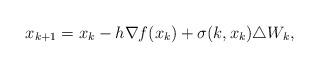
LaTeX: \begin{align*} x_{k+1}=x_k-h\nabla f(x_k)+\sigma(k,x_k)\triangle W_k,\end{align*}